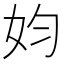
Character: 㚬